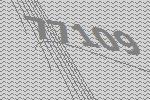
77109